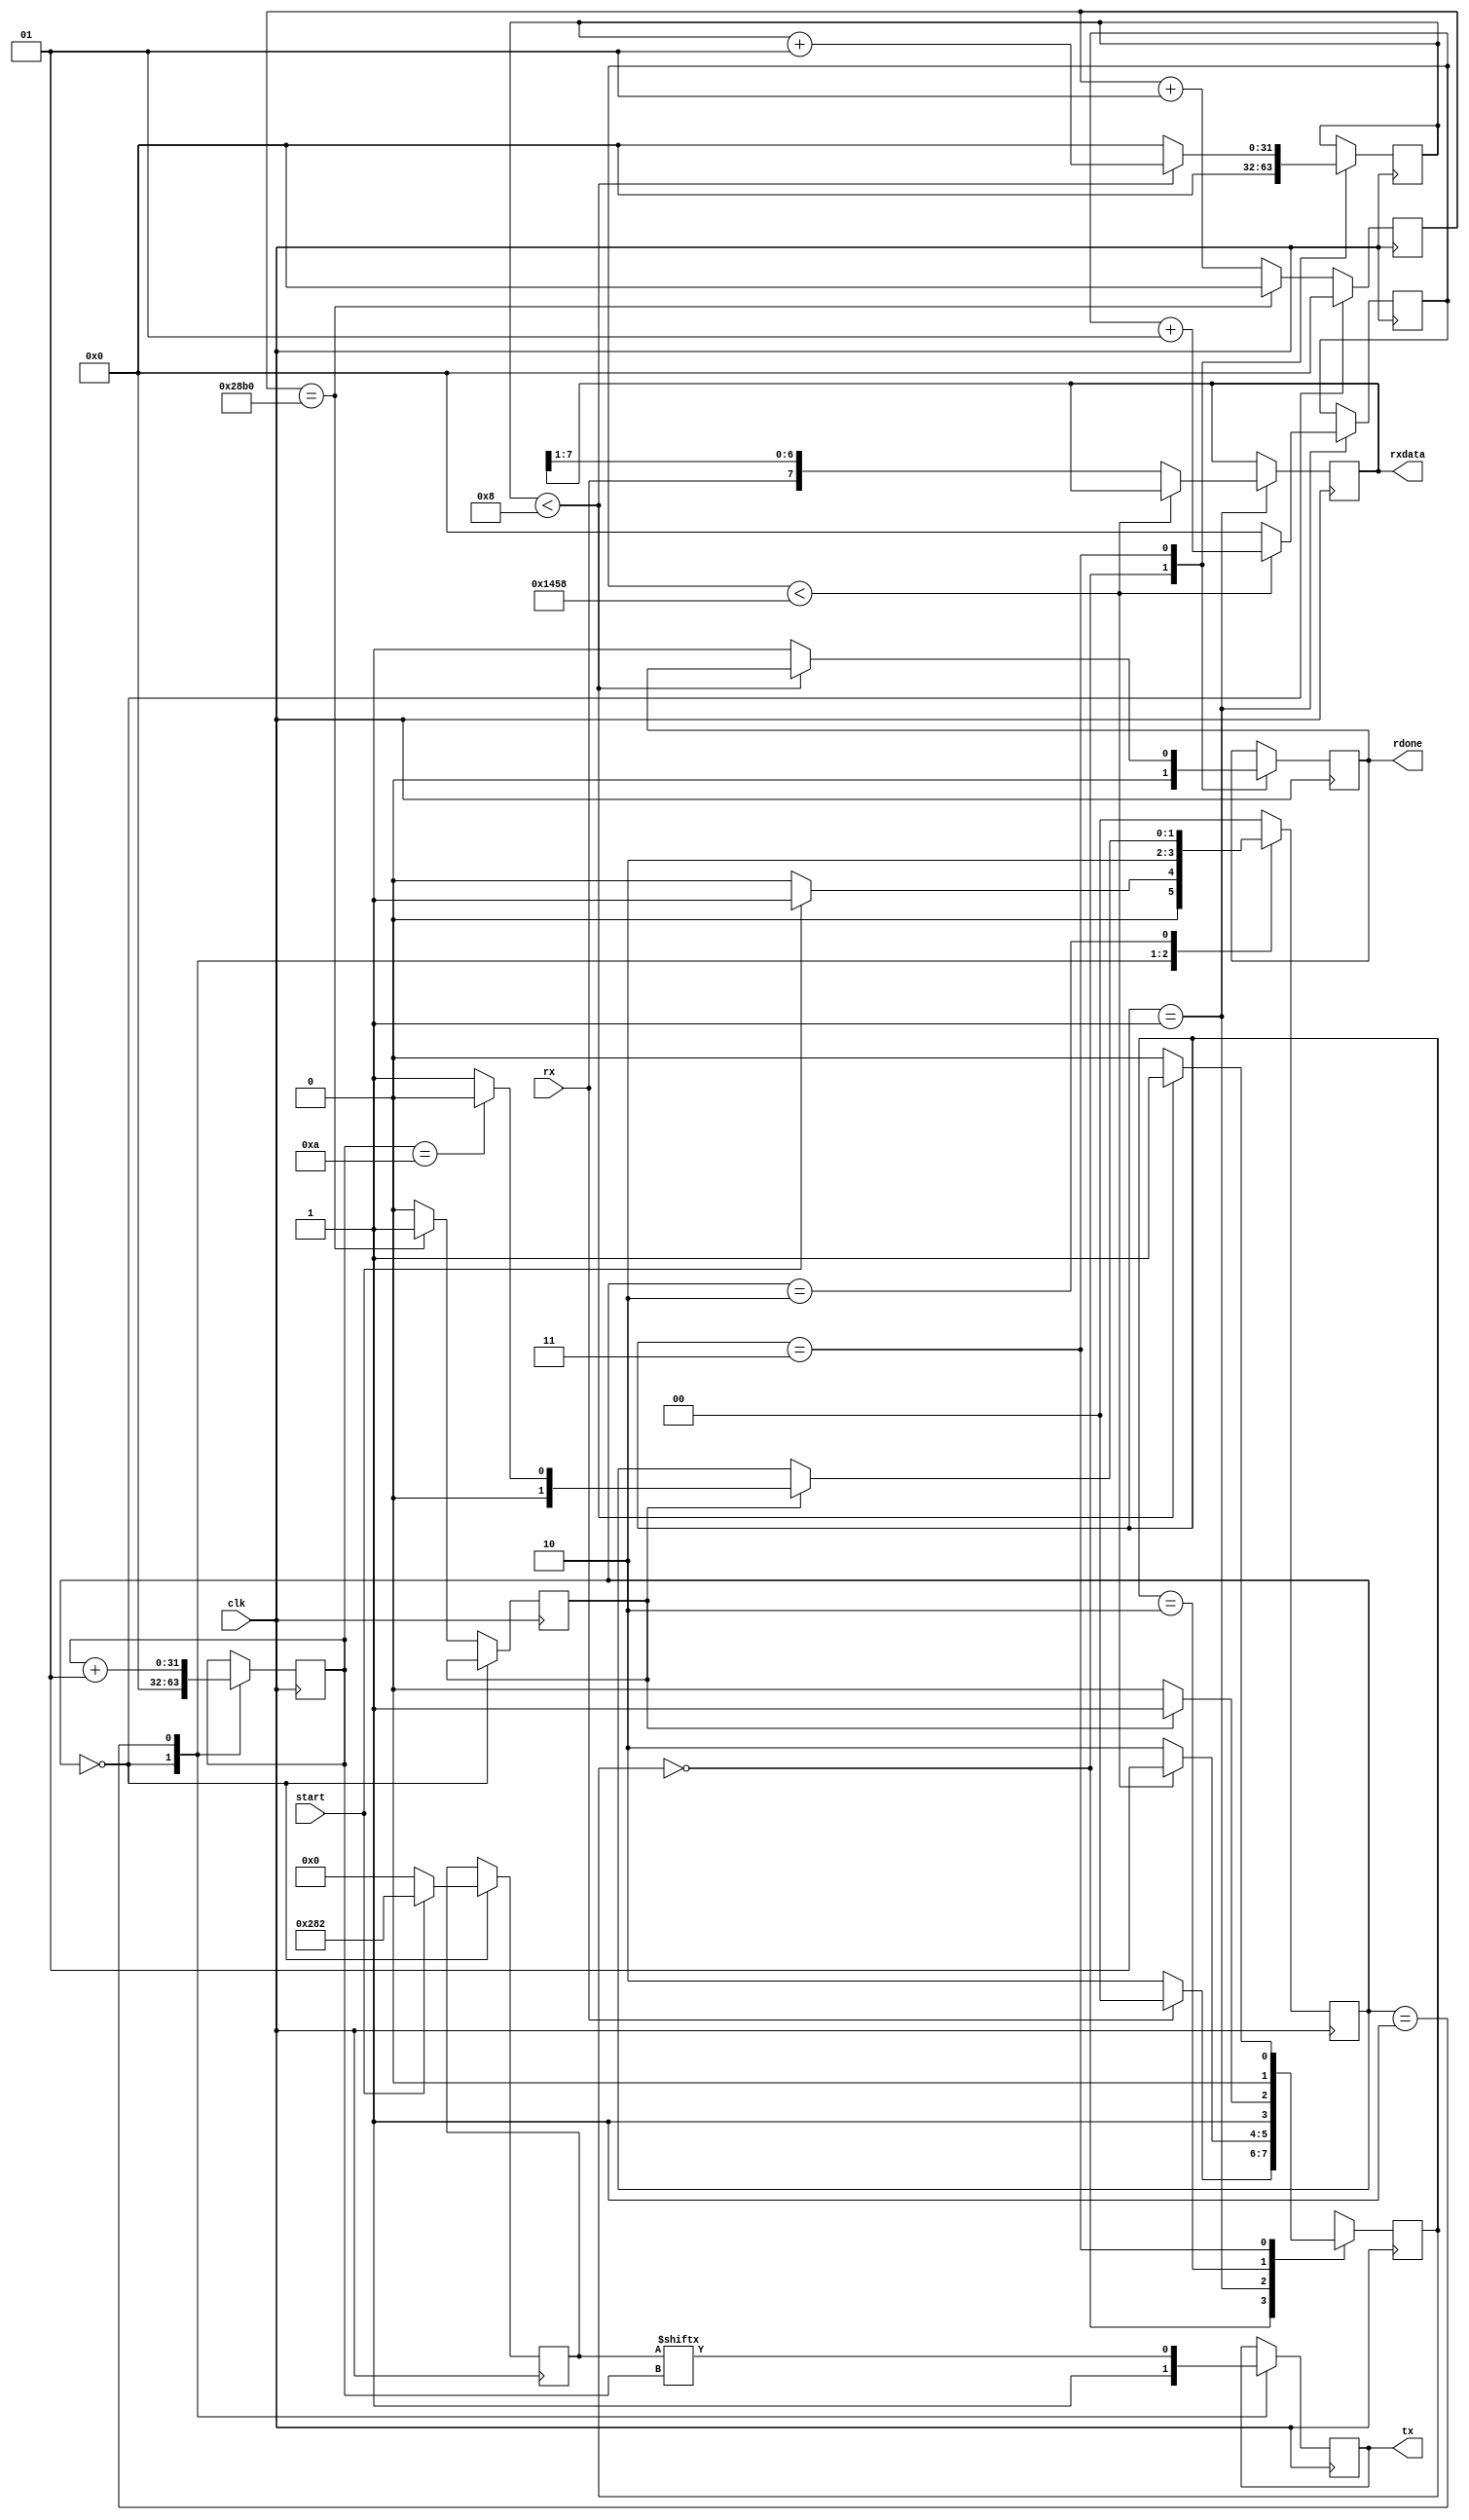
`timescale 1ns / 1ps
//////////////////////////////////////////////////////////////////////////////////
// Company: 
// Engineer: 
// 
// Design Name: 
// Module Name: UART
// Project Name: 
// Target Devices: 
// Tool Versions: 
// Description: 
// 
// Dependencies: 
// 
// Revision:
// Revision 0.01 - File Created
// Additional Comments:
// 
//////////////////////////////////////////////////////////////////////////////////

`timescale 1ns / 1ps 
 
module top(
    input clk,
    input start,
    output reg tx, 
    //input [7:0] txdata,
    input rx,
    output reg [7:0] rxdata,
    output reg rdone
    );
    
 parameter clk_value = 100_000_000;
 parameter baud = 9600;
 
 parameter wait_count = clk_value / baud;
 
 reg bitDone = 0;
 integer count = 0;
 parameter idle = 0, send = 1, check = 2;
 reg [1:0] state = idle;
 
///////////////////Generate Trigger for Baud Rate
 always@(posedge clk)
 begin
  if(state == idle)
    begin 
    count <= 0;
    end
  else begin
    if(count == wait_count)
       begin
        bitDone <= 1'b1;
        count   <= 0;  
       end
    else
       begin
       count   <= count + 1;
       bitDone <= 1'b0;  
      end    
  end
 
 end
 
 ///////////////////////TX Logic
 reg [9:0] txData;
 integer bitIndex = 0; ///reg [3:0];
 
 always@(posedge clk)
 begin
 case(state)
 idle : 
     begin
           tx       <= 1'b1;
           txData   <= 8'h00;
           bitIndex <= 0;
           
            if(start == 1'b1)
              begin
                txData <= {1'b1,8'h41,1'b0};
                state  <= send;
              end
            else
              begin           
               state <= idle;
              end
     end
 
  send: begin
           tx       <= txData[bitIndex];
           bitIndex <= bitIndex + 1;
           state    <= check;
  end 
  
  check: 
  begin
        if(bitDone == 1'b1)
            begin
               if(bitIndex == 10)
                begin
                 state <= idle;
                end
                else
                begin
                state <= send;
                end
            end
  end
 
 default: state <= idle;
 
 endcase
 
 end
 
 
 
 ////////////////////////////////RX Logic
 integer rcount = 0;
 integer rindex = 0;
 parameter ridle = 0, rwait = 1, recv = 2, rcheck = 3;
 reg [1:0] rstate;
 
 always@(posedge clk)
 begin
 case(rstate)
 ridle : 
     begin
      rdone  <= 1'b0;
      //rxdata <= 8'h00;
      rindex <= 0;
      
        
         if(rx == 1'b0)
          begin
           rstate <= recv;
          end
         else
           begin
           rstate <= ridle;
           end
     end
     
rwait : 
begin
      if(rcount < wait_count / 2)
         begin
          rcount <= rcount + 1;
          rstate <= rwait;
         end
     else
       begin
          rcount <= 0;
          rstate <= recv;
          rxdata <= {rx,rxdata[7:1]}; 
       end
end
 
 
recv : 
begin
   if(bitDone == 1'b1)
      begin
       rstate <= rcheck;
      end
  else
     begin
      rstate <= recv;
     end
end
 
rcheck: 
begin
   if(rindex < 8)
      begin
      rindex <= rindex + 1;
      rstate <= rwait;
      end
    else
      begin
      rstate <= ridle;
      rindex <= 0;
      rdone  <= 1'b1; 
      end
 
end
 
default : rstate <= ridle;
 
 
 endcase
 end
 
 
 
 
 
 
 endmodule